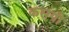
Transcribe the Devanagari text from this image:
कसगी